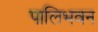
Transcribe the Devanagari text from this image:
पालिभवन